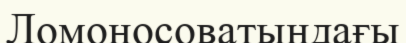
Ломоносоватындағы